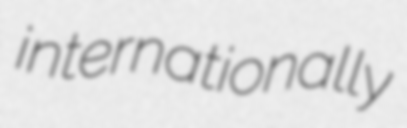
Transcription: internationally